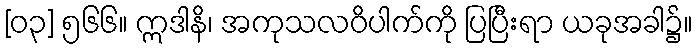
[၀၃] ၅၆၆။ ဣဒါနိ၊ အကုသလဝိပါက်ကို ပြပြီးရာ ယခုအခါ၌။